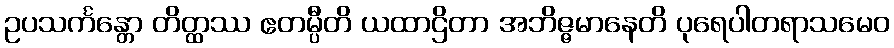
ဥပသင်္ကန္တော တိတ္ထဿ ဧတမ္ပီတိ ယထာဌိတာ အဘိဇ္ဇမာနေတိ ပုရေပါတရာသမေဝ